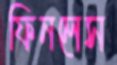
ফিনলেস